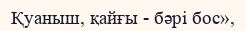
Қуаныш, қайғы - бәрі бос»,